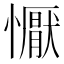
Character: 懨